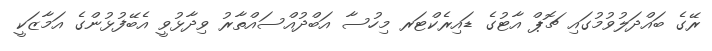
ރޭގެ ބައްދަލުވުމުގައި ޗޮޕް އާޓުގެ ޑައިރެކްޓަރ މިހުސާ އަބްދުއްސައްތާރު ވިދާޅުވީ އެބޭފުޅުންގެ އަމާޒަކީ